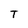
Character: T